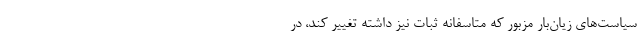
سیاست‌های زیان‌بار مزبور که متاسفانه ثبات نیز داشته تغییر کند، در